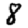
Digit: 8